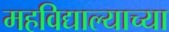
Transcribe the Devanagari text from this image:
महविद्याल्याच्या